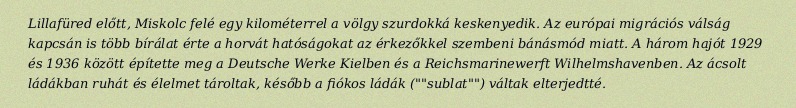
Lillafüred előtt, Miskolc felé egy kilométerrel a völgy szurdokká keskenyedik. Az európai migrációs válság kapcsán is több bírálat érte a horvát hatóságokat az érkezőkkel szembeni bánásmód miatt. A három hajót 1929 és 1936 között építette meg a Deutsche Werke Kielben és a Reichsmarinewerft Wilhelmshavenben. Az ácsolt ládákban ruhát és élelmet tároltak, később a fiókos ládák (""sublat"") váltak elterjedtté.